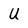
Character: U